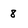
Character: 8